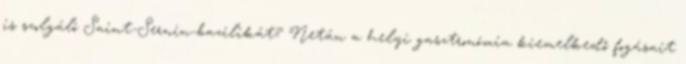
is szolgáló Saint-Sernin-bazilikát? Netán a helyi gasztronómia kiemelkedő fogásait